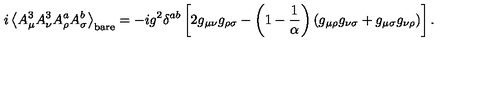
i \left< A _ { \mu } ^ { 3 } A _ { \nu } ^ { 3 } A _ { \rho } ^ { a } A _ { \sigma } ^ { b } \right> _ { \mathrm { b a r e } } = - i g ^ { 2 } \delta ^ { a b } \left[ 2 g _ { \mu \nu } g _ { \rho \sigma } - \left( 1 - \frac 1 \alpha \right) ( g _ { \mu \rho } g _ { \nu \sigma } + g _ { \mu \sigma } g _ { \nu \rho } ) \right] .